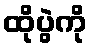
ထိုပွဲကို